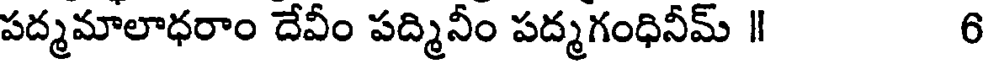
పద్మమాలాధరాం దేవీం పద్మినీం పద్మగంధినీమ్ ॥ 6